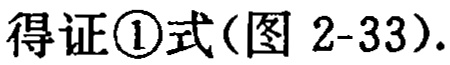
得证\textcircled{1}式(图 2-33).